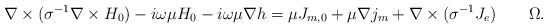
LaTeX: \begin{align*}\nabla\times(\sigma^{-1}\nabla\times H_0) - i\omega\mu H_0 - i\omega\mu \nabla h = \mu J_{m,0} + \mu\nabla j_m +\nabla\times(\sigma^{-1} J_e)\quad\quad\Omega.\end{align*}